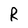
Character: R